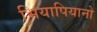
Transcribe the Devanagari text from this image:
भियापियानो